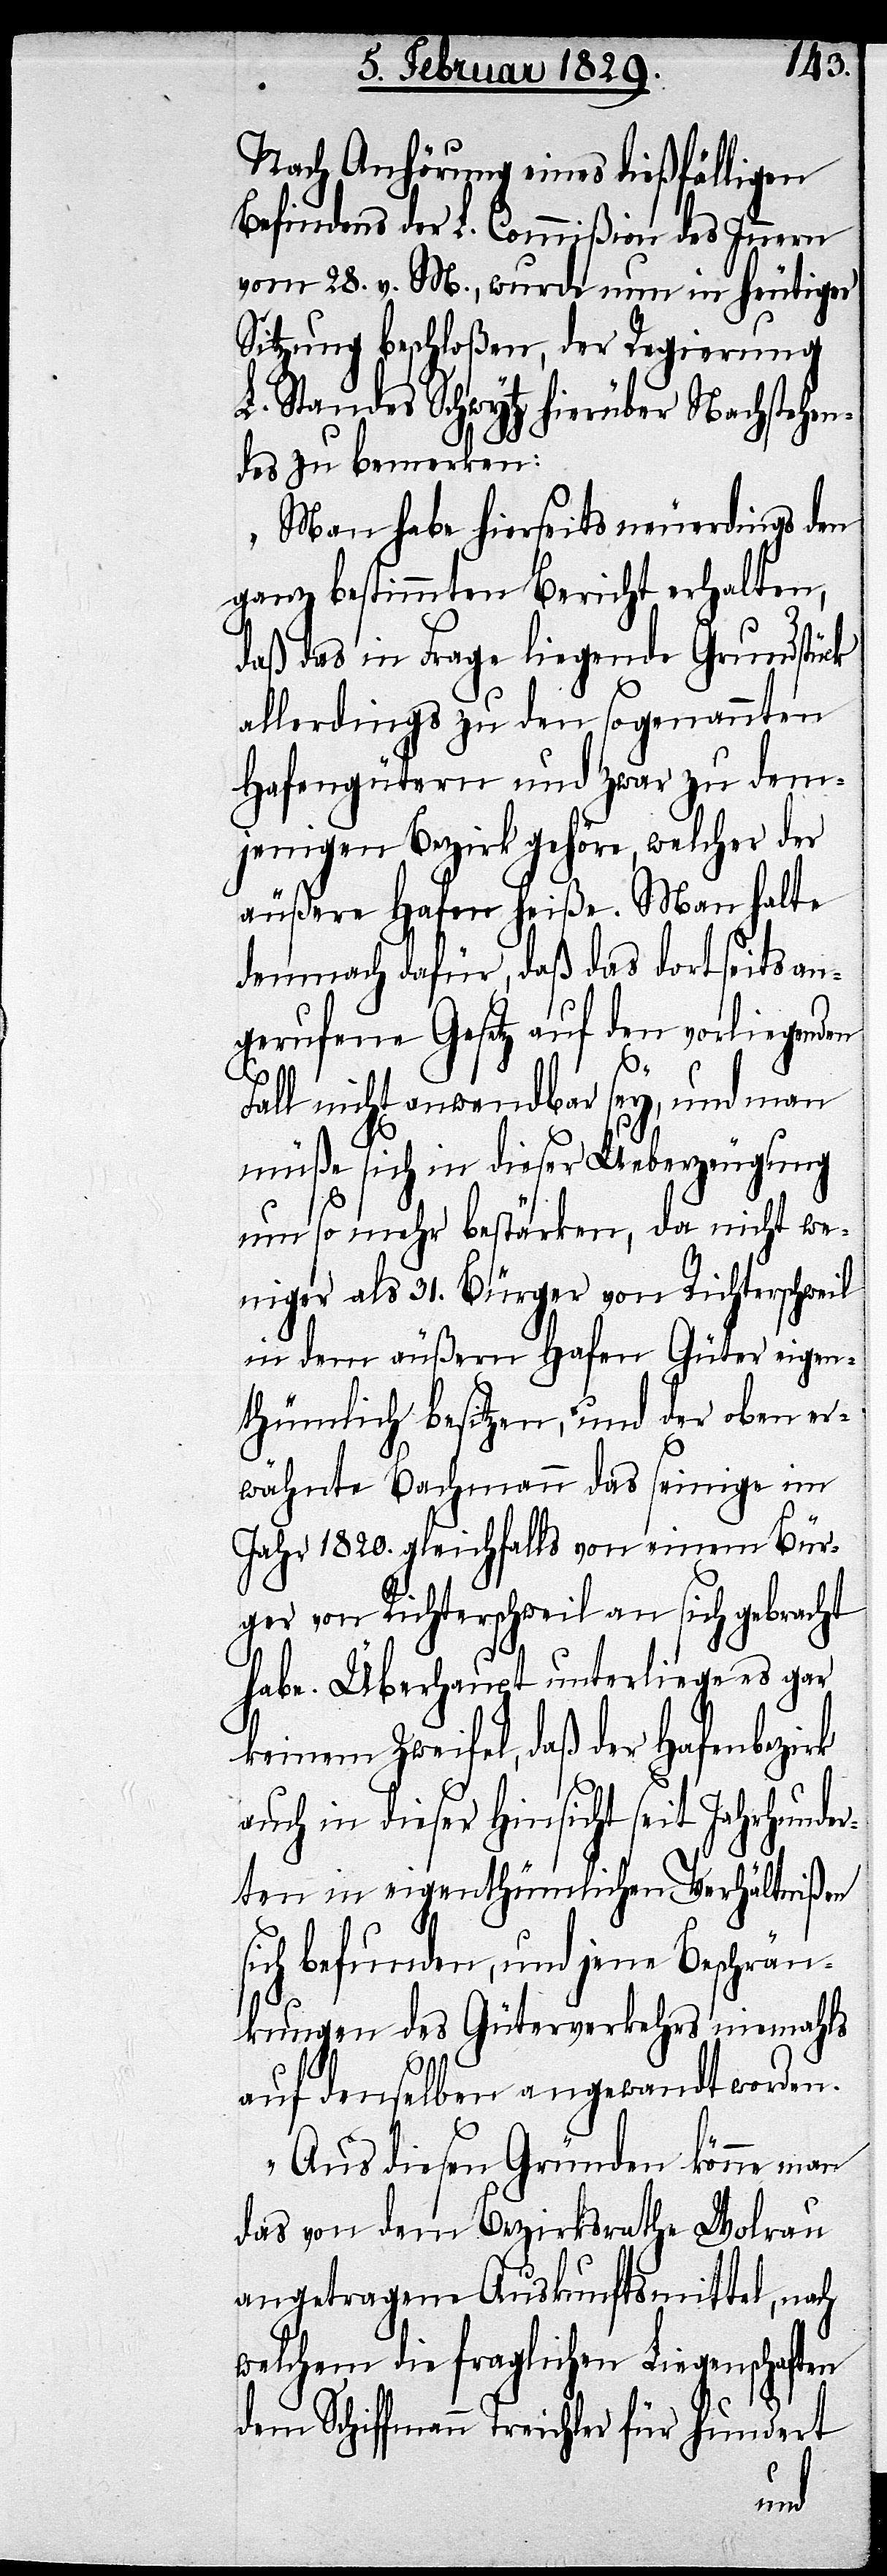
Nach Anhörung eines dießfälligen
Befindens der L. Commißion des Innern
vom 28. v. M., wurde nun in heutiger
Sitzung beschloßen, der Regierung
L. Standes Schwytz hierüber Nachstehen¬
des zu bemerken:
„Man habe hierseits neuerdings den
ganz bestimmten Bericht erhalten,
daß das in Frage liegende Grundstück
allerdings zu den sogenannten
Hafengütern und zwar zu dem¬
jenigen Bezirk gehöre, welcher der
äußere Hafen heiße. Man halte
demnach dafür, daß das dortseits an¬
gerufene Gesetz auf den vorliegenden
Fall nicht anwendbar sey, und man
müße sich in dieser Ueberzeugung
um so mehr bestärken, da nicht we¬
niger als 31. Bürger von Richterschweil
in dem äußern Hafen Güter eigen¬
thümlich besitzen, und der oben er¬
wähnte Bachmann das seinige im
Jahr 1820. gleichfalls von einem Bür¬
ger von Richterschweil an sich gebracht
habe. Überhaupt unterliege es gar
keinem Zweifel, daß der Hafenbezirk
auch in dieser Hinsicht seit Jahrhunder¬
ten in eigenthümlichen Verhältnißen
sich befunden, und jene Beschrän¬
kungen des Güterverkehrs niemahls
auf denselben angewandt worden.
Aus diesen Gründen könne man
das von dem Bezirksrathe Wolrau
angetragene Auskunftsmittel, nach
welchem die fraglichen Liegenschaften
dem Schiffmann Treichler für hundert